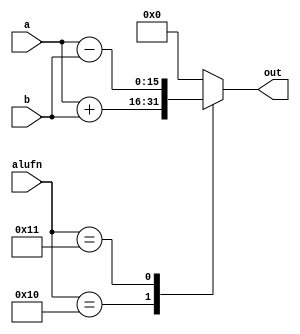
module adder16_10 (
    input [15:0] a,
    input [15:0] b,
    input [4:0] alufn,
    output reg [15:0] out
  );
  
  
  
  always @* begin
    out = 1'h0;
    
    case (alufn)
      5'h10: begin
        out = a + b;
      end
      5'h11: begin
        out = a - b;
      end
    endcase
  end
endmodule